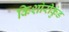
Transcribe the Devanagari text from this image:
किशोरीकुंड